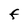
Character: F